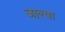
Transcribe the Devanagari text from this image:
जाल्वा